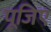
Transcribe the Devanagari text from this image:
पूजिए